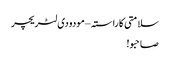
سلامتی کا راستہ – مودودی لٹریچر
صاحبو!